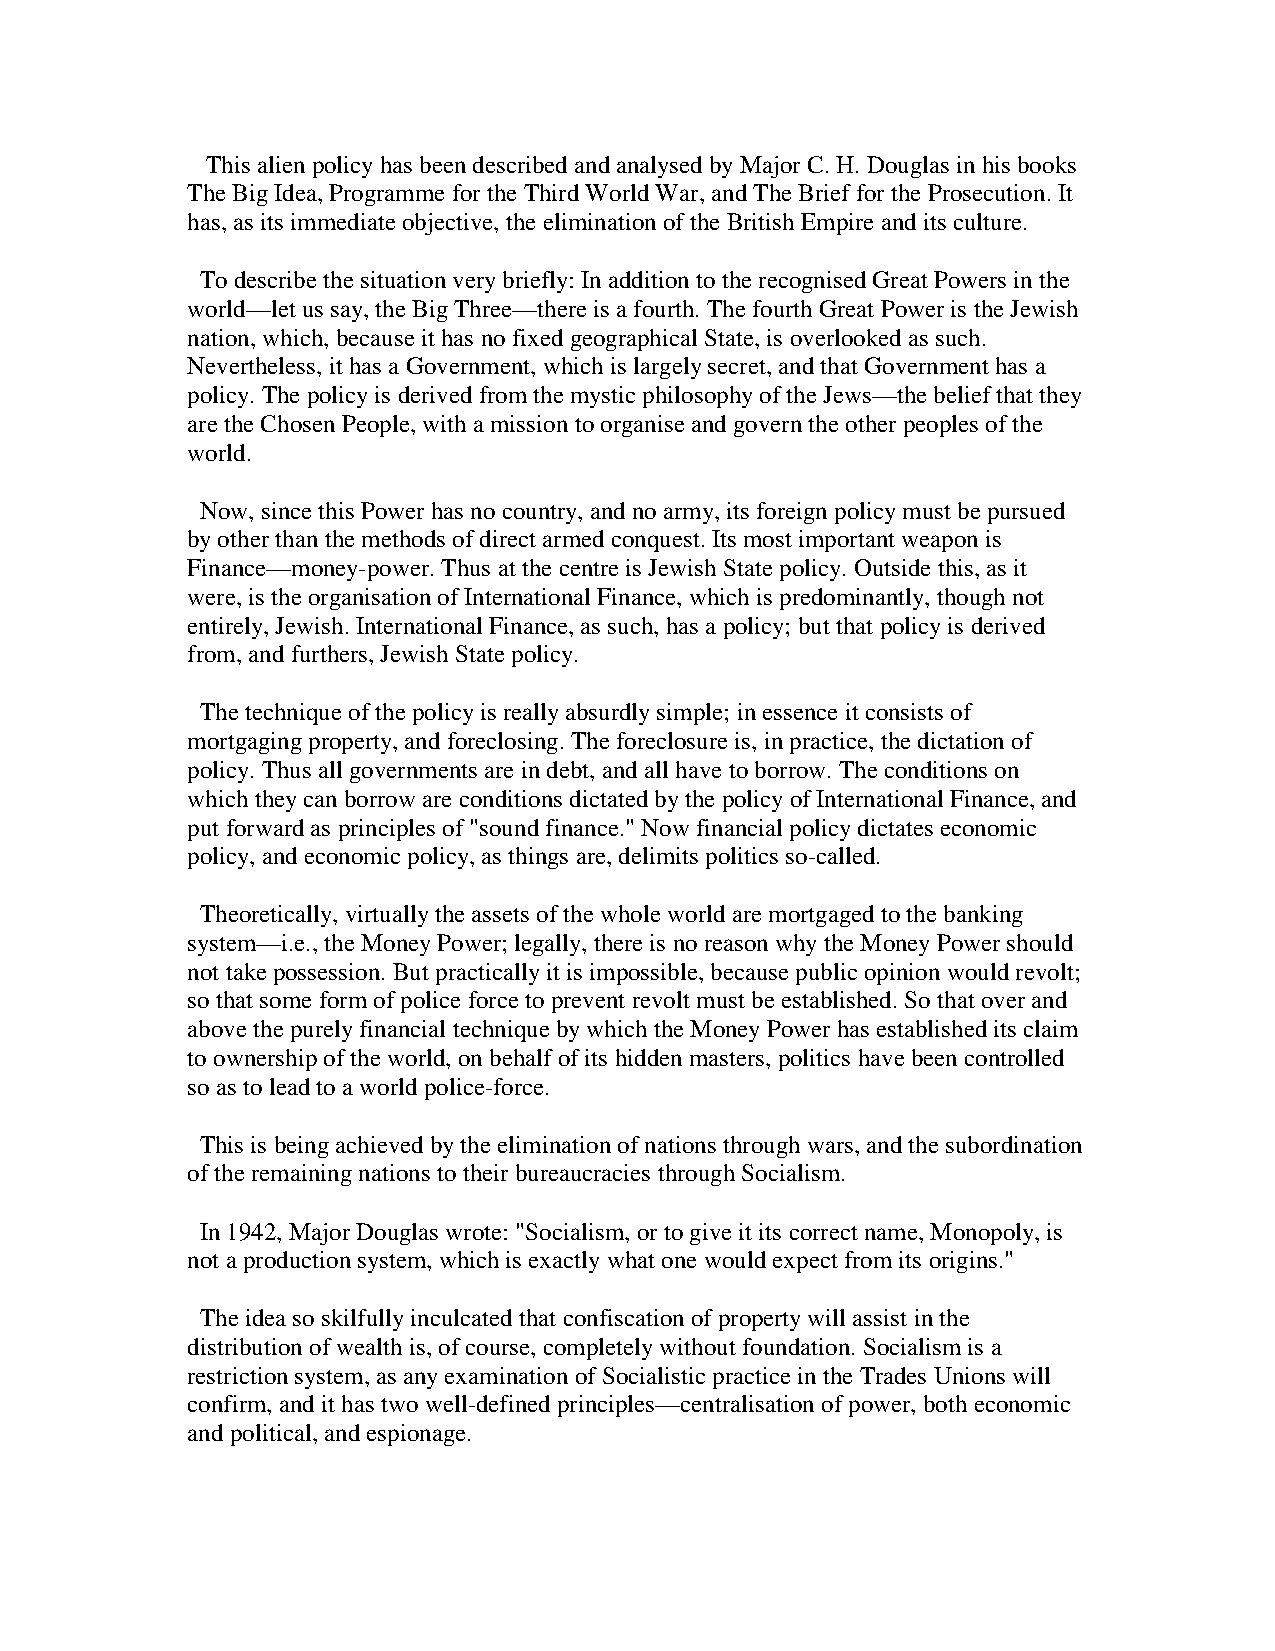
This alien policy has been described and analysed by Major C. H. Douglas in his books
 The Big Idea, Programme for the Third World War, and The Brief for the Prosecution. It
 has, as its immediate objective, the elimination of the British Empire and its culture.
 To describe the situation very briefly: In addition to the recognised Great Powers in the
 world—let us say, the Big Three—there is a fourth. The fourth Great Power is the Jewish
 nation, which, because it has no fixed geographical State, is overlooked as such.
 Nevertheless, it has a Government, which is largely secret, and that Government has a
 policy. The policy is derived from the mystic philosophy of the Jews—the belief that they
 are the Chosen People, with a mission to organise and govern the other peoples of the
 world.
 Now, since this Power has no country, and no army, its foreign policy must be pursued
 by other than the methods of direct armed conquest. Its most important weapon is
 Finance—money-power. Thus at the centre is Jewish State policy. Outside this, as it
 were, is the organisation of International Finance, which is predominantly, though not
 entirely, Jewish. International Finance, as such, has a policy; but that policy is derived
 from, and furthers, Jewish State policy.
 The technique of the policy is really absurdly simple; in essence it consists of
 mortgaging property, and foreclosing. The foreclosure is, in practice, the dictation of
 policy. Thus all governments are in debt, and all have to borrow. The conditions on
 which they can borrow are conditions dictated by the policy of International Finance, and
 put forward as principles of "sound finance." Now financial policy dictates economic
 policy, and economic policy, as things are, delimits politics so-called.
 Theoretically, virtually the assets of the whole world are mortgaged to the banking
 system—i.e., the Money Power; legally, there is no reason why the Money Power should
 not take possession. But practically it is impossible, because public opinion would revolt;
 so that some form of police force to prevent revolt must be established. So that over and
 above the purely financial technique by which the Money Power has established its claim
 to ownership of the world, on behalf of its hidden masters, politics have been controlled
 so as to lead to a world police-force.
 This is being achieved by the elimination of nations through wars, and the subordination
 of the remaining nations to their bureaucracies through Socialism.
 In 1942, Major Douglas wrote: "Socialism, or to give it its correct name, Monopoly, is
 not a production system, which is exactly what one would expect from its origins."
 The idea so skilfully inculcated that confiscation of property will assist in the
 distribution of wealth is, of course, completely without foundation. Socialism is a
 restriction system, as any examination of Socialistic practice in the Trades Unions will
 confirm, and it has two well-defined principles—centralisation of power, both economic
 and political, and espionage.